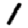
Digit: 1